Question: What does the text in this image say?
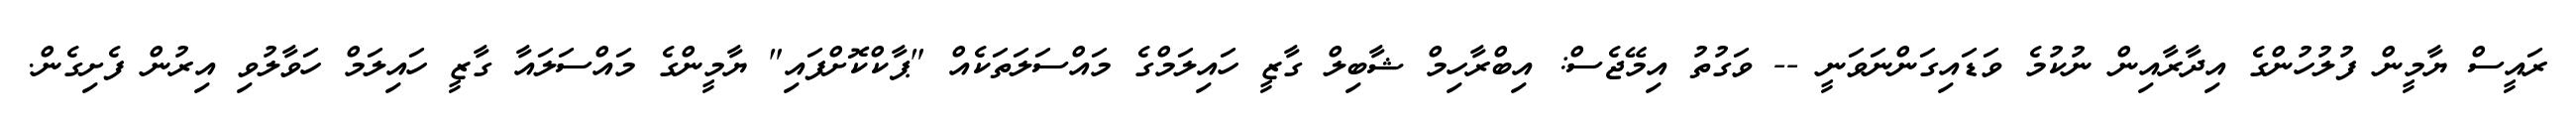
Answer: ރައީސް ޔާމީން ފުލުހުންގެ އިދާރާއިން ނުކުމެ ވަޑައިގަންނަވަނީ -- ވަގުތު އިމޭޖެސް: އިބްރާހިމް ޝާބިލް ގާޒީ ހައިލަމްގެ މައްސަލަތަކެއް "ޕާކްކޮށްފައި" ޔާމީންގެ މައްސަލައާ ގާޒީ ހައިލަމް ހަވާލުވި އިރުން ފެށިގެން.